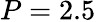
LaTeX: P=2.5